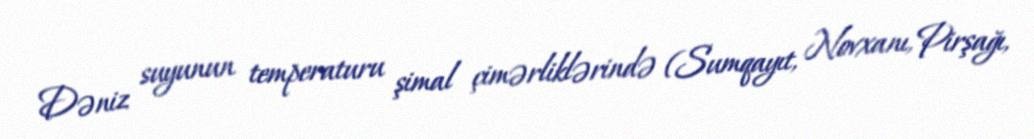
Dəniz suyunun temperaturu şimal çimərliklərində (Sumqayıt, Novxanı, Pirşağı,